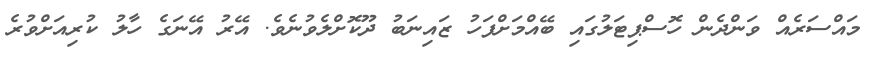
މައްސަރެއް ވަންދެން ހޮސްޕިޓަލުގައި ބޭއްމަށްފަހު ޒައިނަބު ދޫކޮށްލެވުނެވެ. އޭރު އޭނަގެ ހާލު ކުރިއަށްވުރެ